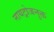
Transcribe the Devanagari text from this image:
नायट्रोजनुक्त